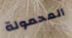
المحمولة